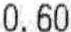
0.60